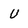
Character: U